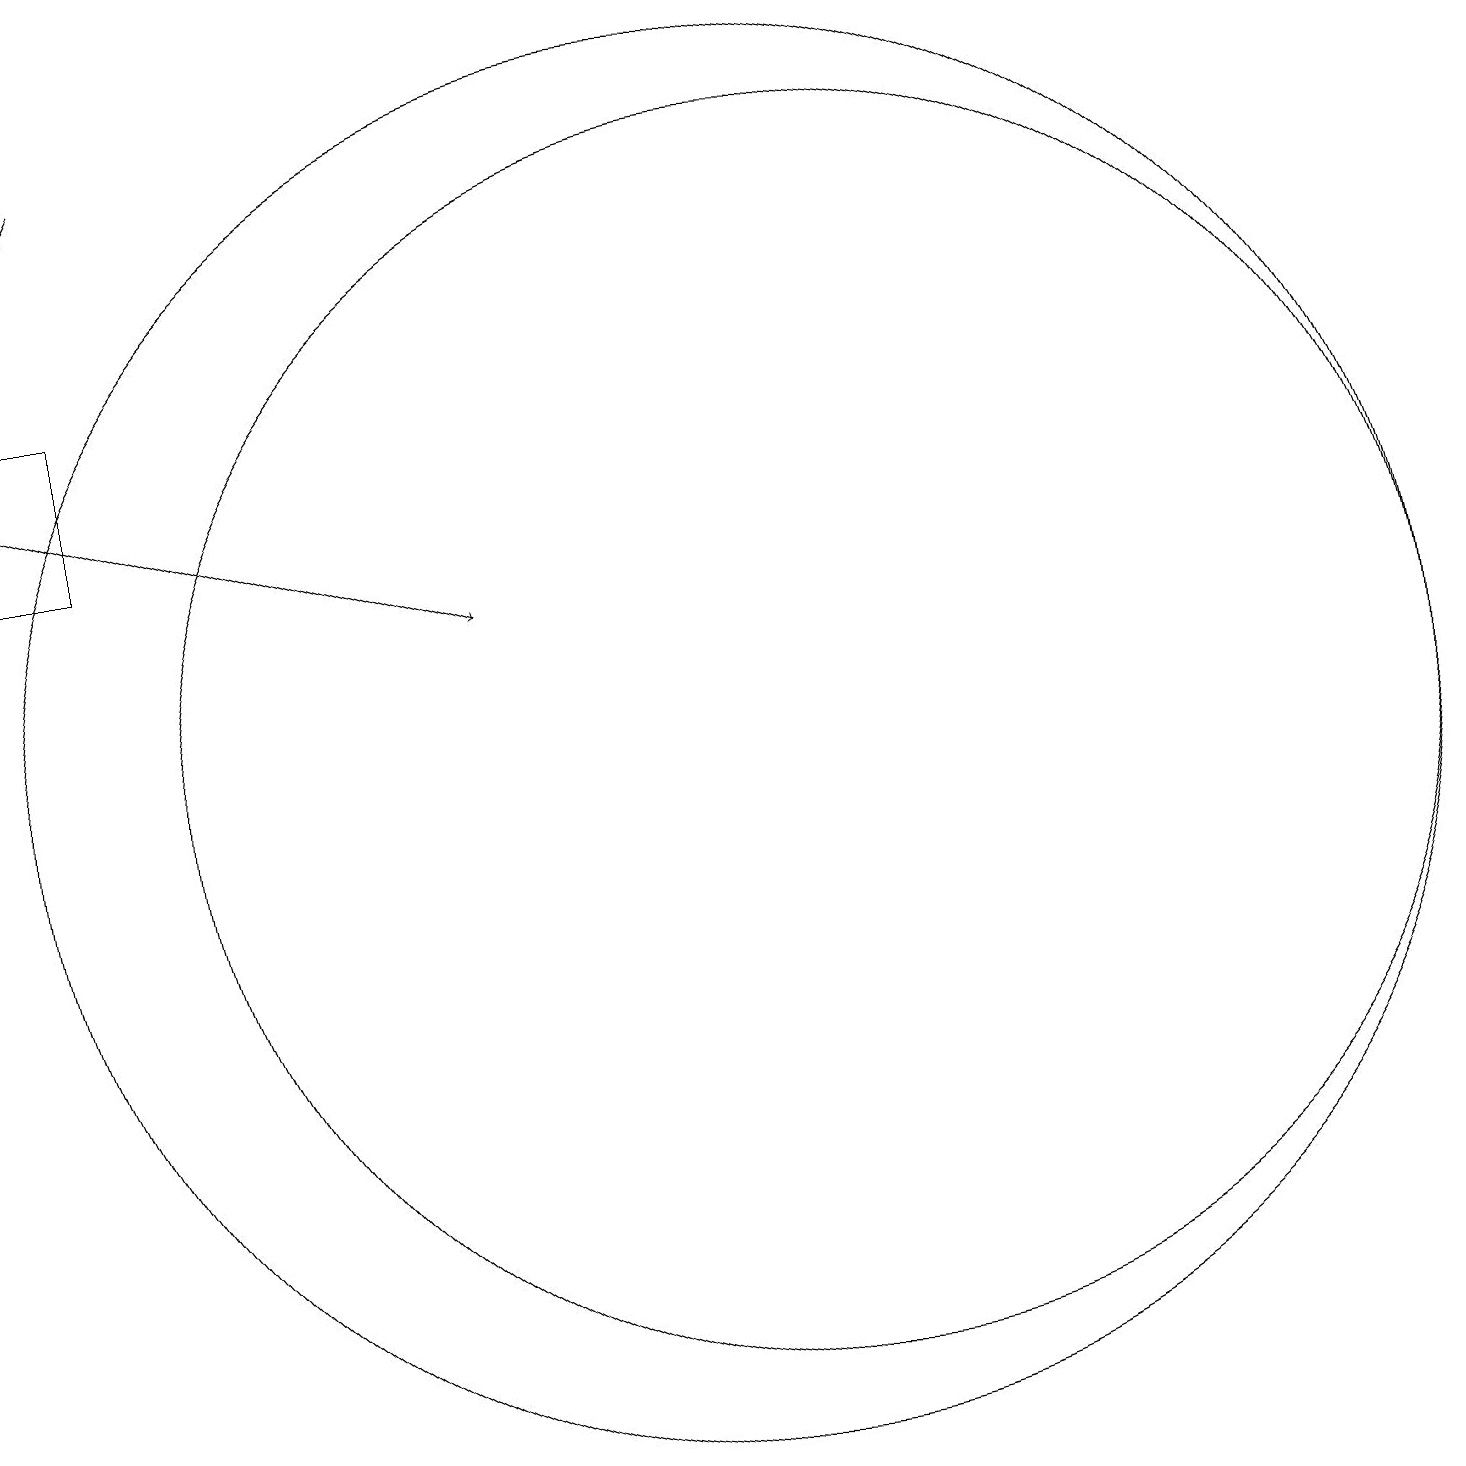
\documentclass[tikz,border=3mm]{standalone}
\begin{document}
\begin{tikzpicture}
\draw (11,11) circle (8);
\draw[->] (1,15) -- (7,13);
\draw (1,16) rectangle (2,14);
\draw[->] (2,19) -- (1,17);
\draw (10,11) circle (9);
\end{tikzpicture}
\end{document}